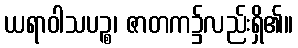
ယရာဝါသပဉ္စ၊ ဇာတက၌လည်းရှိ၏။